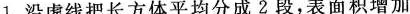
1.沿虚线把长方体平均分成2段，表面积增加